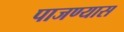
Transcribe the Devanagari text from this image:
पाजण्यास